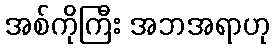
အစ်ကိုကြီး အဘအရာဟု